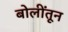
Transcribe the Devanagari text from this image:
बोलींतून